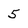
Character: 5